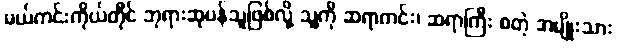
မယ်ကင်းကိုယ်တိုင် ဘုရားဆုပန်သူဖြစ်လို့ သူ့ကို ဆရာကင်း၊ ဆရာကြီး စတဲ့ အမျိုးသား